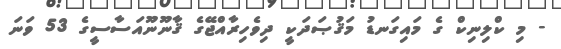
- މި ކްލިނިކް ގެ މައިގަނޑު މަޤުޞަދަކީ ދިވެހިރާއްޖޭގެ ޤާނޫނޫއަސާސީގެ 53 ވަނަ